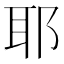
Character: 耶